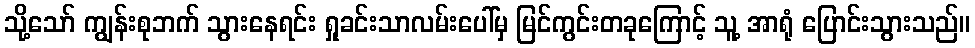
သို့သော် ကျွန်းစုဘက် သွားနေရင်း ရှုခင်းသာလမ်းပေါ်မှ မြင်ကွင်းတခုကြောင့် သူ့ အာရုံ ပြောင်းသွားသည်။